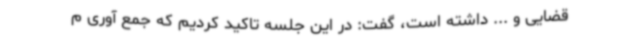
قضایی و ... داشته است، گفت: در این جلسه تاکید کردیم که جمع آوری م